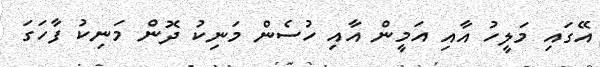
އޭގައި މަލީހު އާއި އަމީން އާއި ހުސެން މަނިކު ދޮން މަނިކު ފާހަގަ